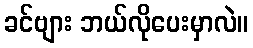
ခင်ဗျား ဘယ်လိုပေးမှာလဲ။